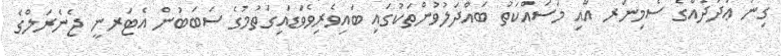
ގިނަ ޢަދަދެއްގެ ސެމިނަރ އާއި މަސައްކަތު ބައްދަލުވުންތަކުގައި ބައިވެރިވެވަޑައިގަތުމުގެ ސަބަބުން އެޓަރނީ ޖެނެރަލްގެ